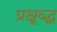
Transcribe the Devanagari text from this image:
प्रक्षूब्द्ध